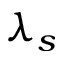
\lambda _ { s }